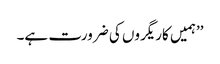
’’ہمیں کاریگروں کی ضرورت ہے۔